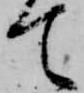
て